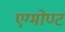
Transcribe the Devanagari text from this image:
एग्मोण्ट